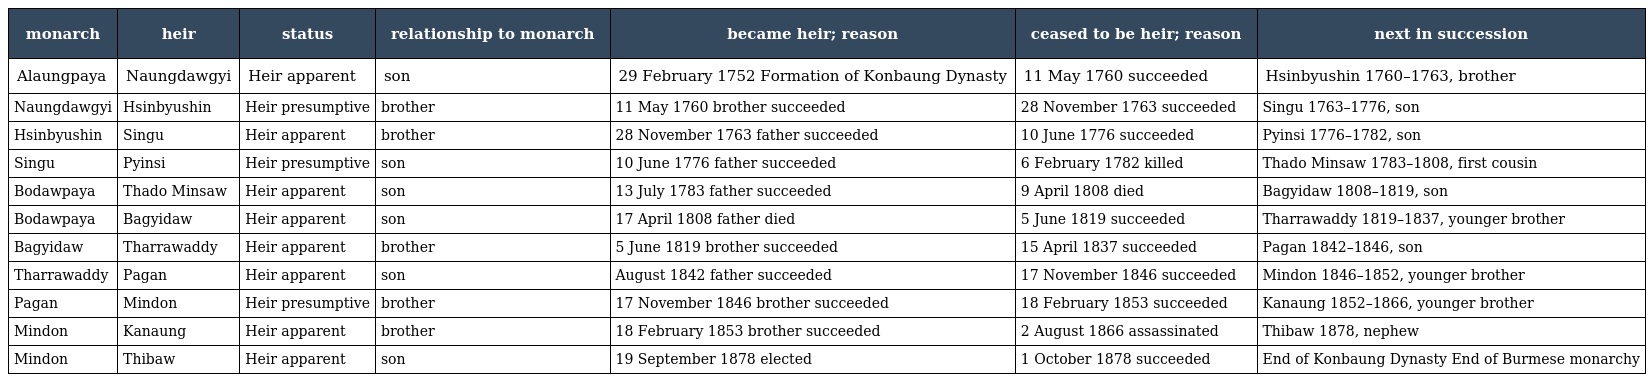
| monarch | heir | status | relationship to monarch | became heir; reason | ceased to be heir; reason | next in succession |
 | --- | --- | --- | --- | --- | --- | --- |
 | Alaungpaya | Naungdawgyi | Heir apparent | son | 29 February 1752 Formation of Konbaung Dynasty | 11 May 1760 succeeded | Hsinbyushin 1760–1763, brother |
 | Naungdawgyi | Hsinbyushin | Heir presumptive | brother | 11 May 1760 brother succeeded | 28 November 1763 succeeded | Singu 1763–1776, son |
 | Hsinbyushin | Singu | Heir apparent | brother | 28 November 1763 father succeeded | 10 June 1776 succeeded | Pyinsi 1776–1782, son |
 | Singu | Pyinsi | Heir presumptive | son | 10 June 1776 father succeeded | 6 February 1782 killed | Thado Minsaw 1783–1808, first cousin |
 | Bodawpaya | Thado Minsaw | Heir apparent | son | 13 July 1783 father succeeded | 9 April 1808 died | Bagyidaw 1808–1819, son |
 | Bodawpaya | Bagyidaw | Heir apparent | son | 17 April 1808 father died | 5 June 1819 succeeded | Tharrawaddy 1819–1837, younger brother |
 | Bagyidaw | Tharrawaddy | Heir apparent | brother | 5 June 1819 brother succeeded | 15 April 1837 succeeded | Pagan 1842–1846, son |
 | Tharrawaddy | Pagan | Heir apparent | son | August 1842 father succeeded | 17 November 1846 succeeded | Mindon 1846–1852, younger brother |
 | Pagan | Mindon | Heir presumptive | brother | 17 November 1846 brother succeeded | 18 February 1853 succeeded | Kanaung 1852–1866, younger brother |
 | Mindon | Kanaung | Heir apparent | brother | 18 February 1853 brother succeeded | 2 August 1866 assassinated | Thibaw 1878, nephew |
 | Mindon | Thibaw | Heir apparent | son | 19 September 1878 elected | 1 October 1878 succeeded | End of Konbaung Dynasty End of Burmese monarchy |